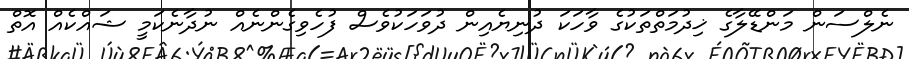
ނެލްސަން މަންޑޭލާގެ ޚިދުމަތްތަކުގެ ވާހަކަ ދުނިޔެއިން ދުވަހަކުވެސް ފުހެވިގެންނެއް ނުދާނެކަމީ ޝައްކެއް އޮތް